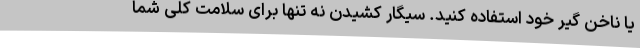
یا ناخن گیر خود استفاده کنید. سیگار کشیدن نه تنها برای سلامت کلی شما